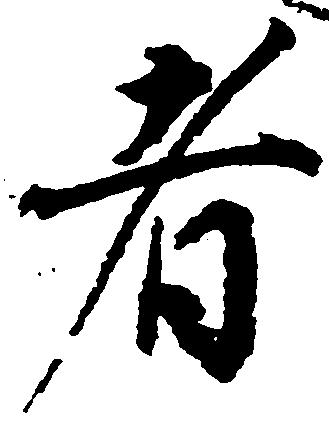
者